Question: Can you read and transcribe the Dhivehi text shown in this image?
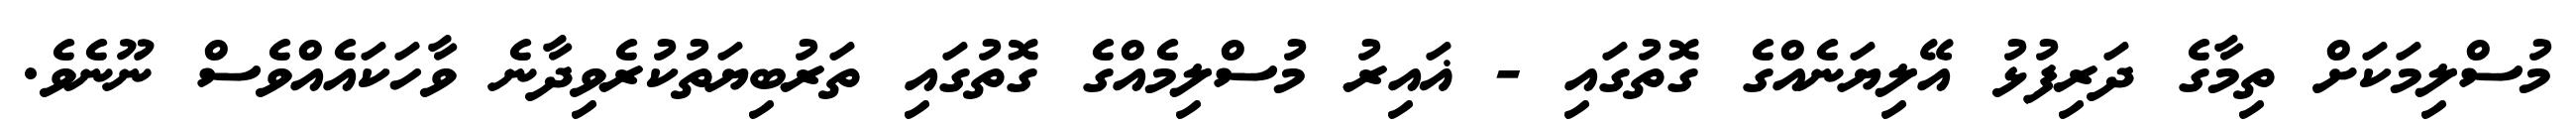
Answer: މުސްލިމަކަށް ތިމާގެ ދަރިފުޅު އޭލިޔަނެއްގެ ގޮތުގައި - ޣައިރު މުސްލިމެއްގެ ގޮތުގައި ތަރުބިޔަތުކުރެވިދާނެ ވާހަކައެއްވެސް ނޫނެވެ.